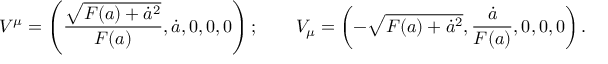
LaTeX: V ^ { \mu } = \left( { \frac { \sqrt { F ( a ) + \dot { a } ^ { 2 } } } { F ( a ) } } , \dot { a } , 0 , 0 , 0 \right) ; \qquad V _ { \mu } = \left( - \sqrt { F ( a ) + \dot { a } ^ { 2 } } , { \frac { \dot { a } } { F ( a ) } } , 0 , 0 , 0 \right) .